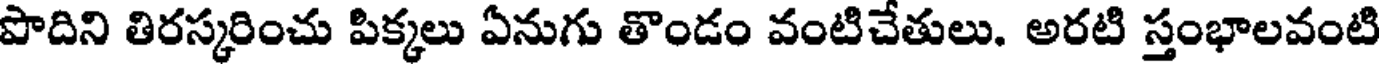
పొదిని తిరస్కరించు పిక్కలు ఏనుగు తొండం వంటిచేతులు. అరటి స్తంభాలవంటి